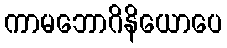
ကာမဘောဂိနိယောပေ